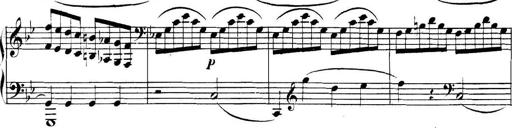
Title: Collected Piano Sonatas
Composer: Muzio Clementi